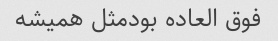
فوق العاده بودمثل همیشه